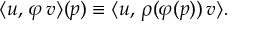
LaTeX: \langle u , \, \varphi \, v \rangle ( p ) \equiv \langle u , \, \rho ( \varphi ( p ) ) \, v \rangle .